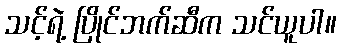
သင့်ရဲ့ ပြိုင်ဘက်ဆီက သင်ယူပါ။